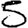
Digit: 5